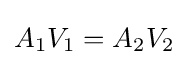
A_{1}V_{1}=A_{2}V_{2}